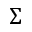
\Sigma